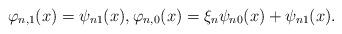
LaTeX: \begin{gather*} \varphi_{n,1}(x) = \psi_{n1}(x), \varphi_{n,0}(x) = \xi_n \psi_{n0}(x) + \psi_{n1}(x). \end{gather*}